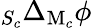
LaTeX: _{S_{c}}\Delta_{\mathrm{M}_{c}}\phi